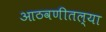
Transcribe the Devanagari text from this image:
आठवणीतल्या